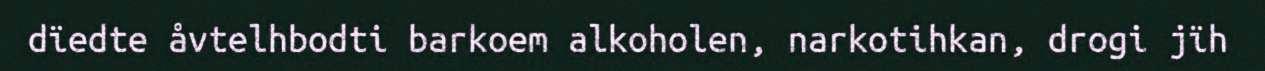
dïedte åvtelhbodti barkoem alkoholen, narkotihkan, drogi jïh